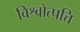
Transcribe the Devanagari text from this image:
विश्वोत्पत्ति